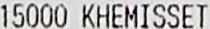
15000 KHEMISSET